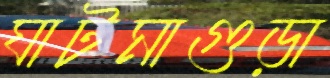
ঘাটমাগুড়া